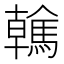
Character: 䮧